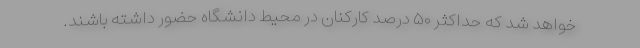
خواهد شد که حداکثر ۵۰ درصد کارکنان در محیط دانشگاه حضور داشته باشند.